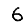
Digit: 6